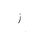
Letter: _zay